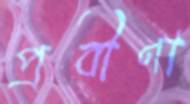
প্রবীণা